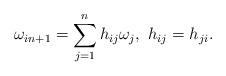
LaTeX: \begin{align*}\omega_{i n+1}=\sum_{j=1}^nh_{ij}\omega_j, \ h_{ij}=h_{ji}. \end{align*}